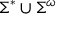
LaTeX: \Sigma ^ { \ast } \cup \Sigma ^ { \omega }